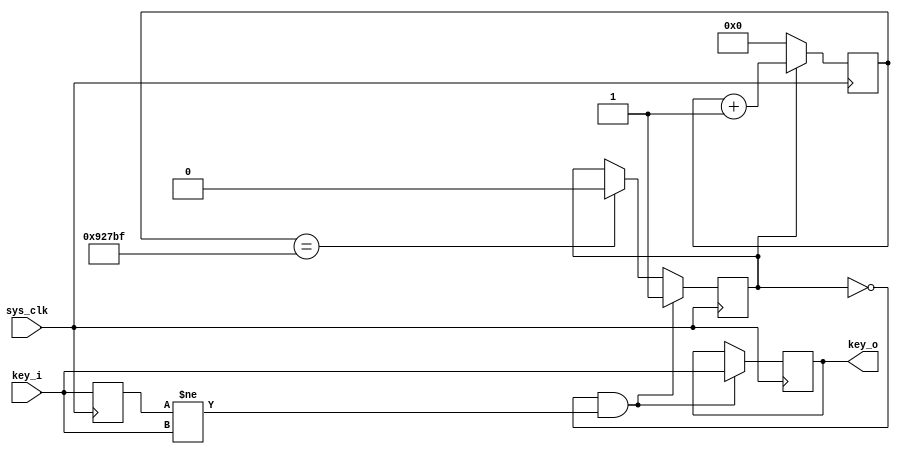
`timescale 1ns / 1ps
//////////////////////////////////////////////////////////////////////////////////
// Company: 
// Engineer: 
// 
// Design Name: 
// Module Name: DEBOUNCE
// Project Name: 
// Target Devices: 
// Tool Versions: 
// Description: 
// 
// Dependencies: 
// 
// Revision:
// Revision 0.01 - File Created
// Additional Comments: 
// 
//////////////////////////////////////////////////////////////////////////////////


module DEBOUNCE(
    input sys_clk,   //    
    input key_i,     // 
    output reg key_o     // 
    );
    
    parameter TIME = 600000;  // *
    //parameter TIME = 50; // JUST FOT TEST !!!
    parameter BITS = 20;   // 
    
    reg [BITS-1:0] count;   // 
    reg key_count;          // 
    reg key_i_temp;         // 

    //initial key_count = 0; // FPGA
    //initial key_i_temp = 0; // FPGA
    //initial key_o = 0; // FPGA
    
    always @ (posedge sys_clk) begin
        key_i_temp <= key_i;
    end
    
    always @ (posedge sys_clk) begin
        if (key_count == 0 && key_i_temp != key_i) begin
            key_count <= 1;
        end
        else if ( count == (TIME-1) )
            key_count <= 0;
    end
    
    always @ (posedge sys_clk) begin
        if (key_count == 1)
            count <= count + 1;
        else
            count <= 0;
    end

    always @ (posedge sys_clk) begin
        if (key_count == 0 && key_i_temp != key_i)
            key_o <= key_i;
    end
        
    
endmodule